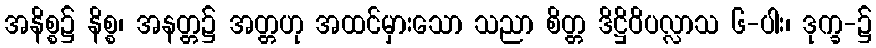
အနိစ္စ၌ နိစ္စ၊ အနတ္တ၌ အတ္တဟု အထင်မှားသော သညာ စိတ္တ ဒိဋ္ဌိဝိပလ္လာသ ၆-ပါး၊ ဒုက္ခ-၌